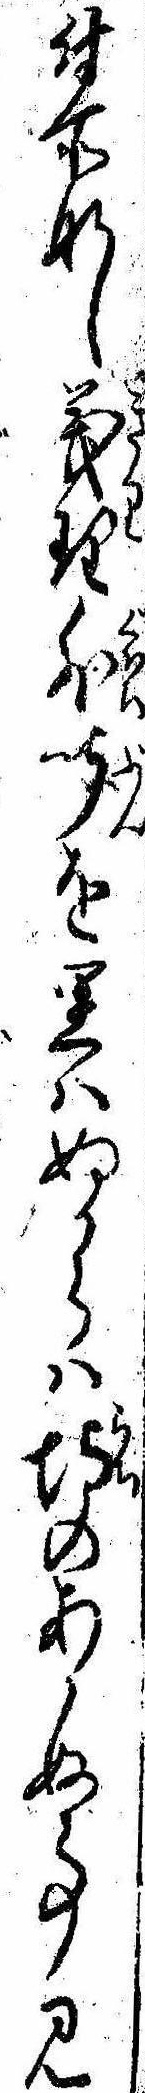
付所なし義理外聞を思はぬからは埒のあかぬ事見